65_HS1-834228961_62-HQ-83894_Section_6
Agency: FBI
Page 229
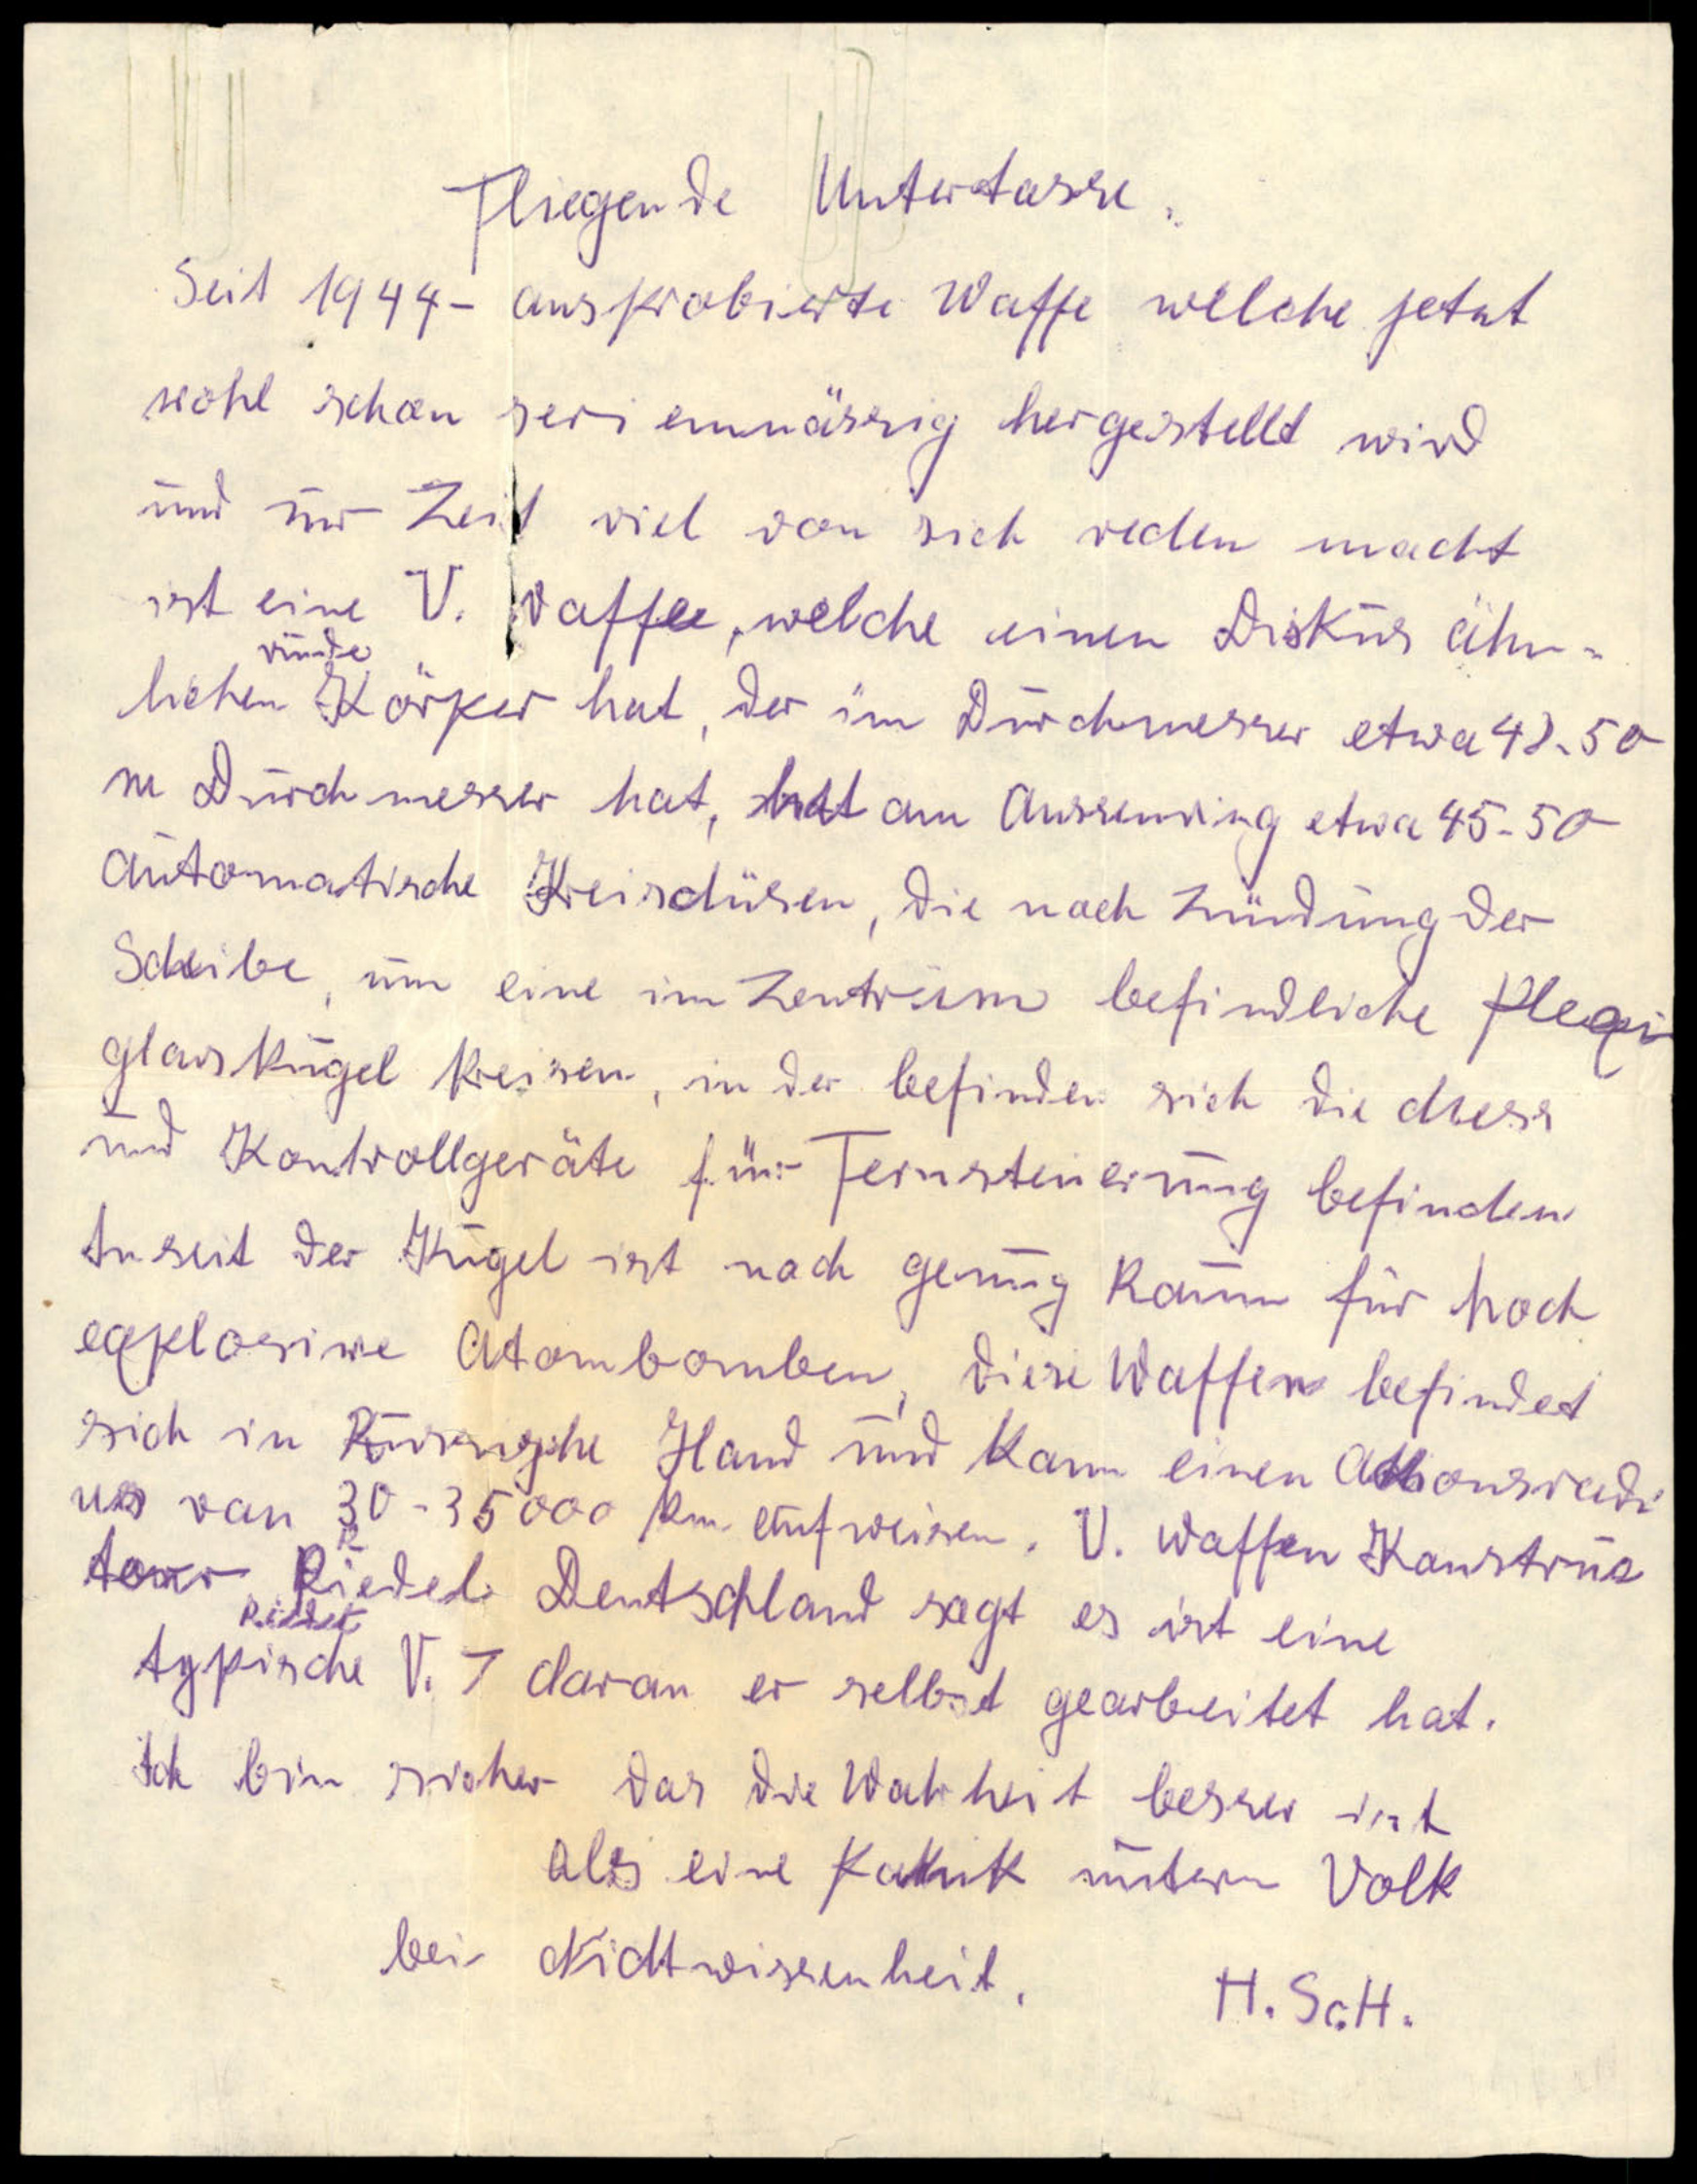